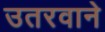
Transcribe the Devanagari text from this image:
उतरवाने